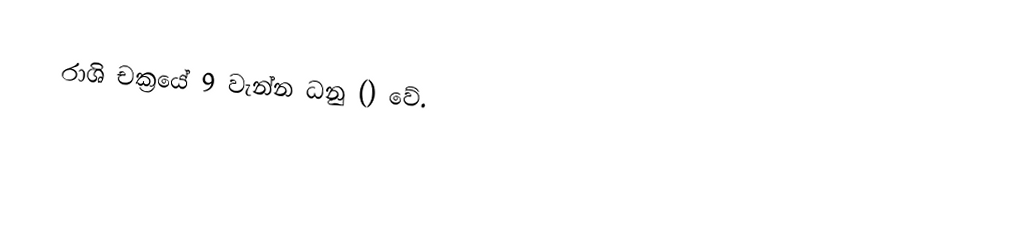
රාශි චක්‍රයේ 9 වැන්න ධනු ()  වේ.